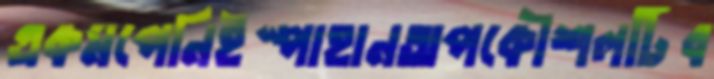
একমপেনিইস্পাহানঅপকৌশলটিব